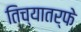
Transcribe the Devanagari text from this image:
तिच्यातर्फे